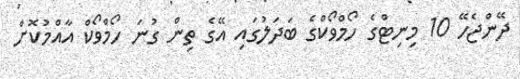
ދޭންޖެހޭ 10 މިނިޓްގެ ހޯމްވޯކްގެ ބަދަލުގައި އޭގެ ތިން ގުނަ ހޯމްވޯކް އާއްމުކޮށް